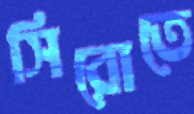
সিরোতে